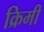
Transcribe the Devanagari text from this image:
क्रिमी